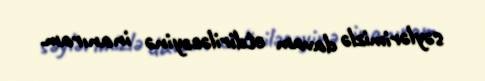
səylərimizlə davam etdiriləcəyinə inanıram.